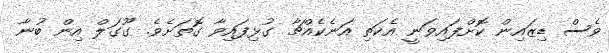
ވެސް ޑިޒައިން ކޮށްފައިވަނީ އެކަތި އަނެކެއްޗާ ގުޅިފައިވާ ގޮތަށެވެ. ގޫގަލް އިން ބުނާ